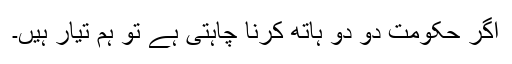
اگر حکومت دو دو ہاتھ کرنا چاہتی ہے تو ہم تیار ہیں۔